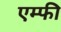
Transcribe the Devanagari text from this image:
एम्फी